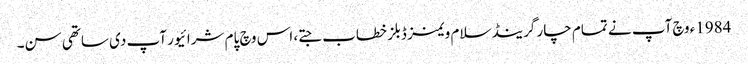
1984ء وچ آپ نے تمام چار گرینڈ سلام ویمنز ڈبلز خطاب جتے، اس وچ پام شرائیور آپ د‏‏ی ساتھی سن۔